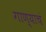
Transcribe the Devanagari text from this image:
गाण्याचं